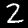
Label: 2